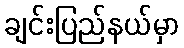
ချင်းပြည်နယ်မှာ